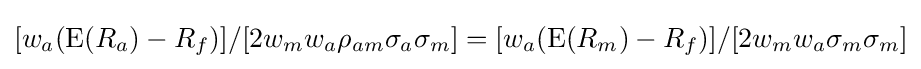
[w_{a}(\operatorname {E} (R_{a})-R_{f})]/[2w_{m}w_{a}\rho _{am}\sigma _{a}\sigma _{m}]=[w_{a}(\operatorname {E} (R_{m})-R_{f})]/[2w_{m}w_{a}\sigma _{m}\sigma _{m}]